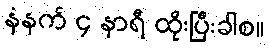
နံနက် ၄ နာရီ ထိုးပြီးခါစ။